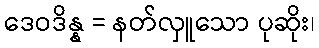
ဒေဝဒိန္န = နတ်လှူသော ပုဆိုး၊